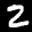
Label: 2